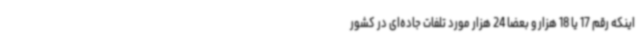
اینکه رقم 17 یا 18 هزار و بعضا 24 هزار مورد تلفات جاده‌ای در کشور